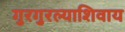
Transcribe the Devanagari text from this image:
गुरगुरल्याशिवाय